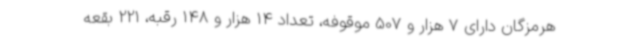
هرمزگان دارای 7 هزار و 507 موقوفه، تعداد 14 هزار و 148 رقبه، 221 بقعه